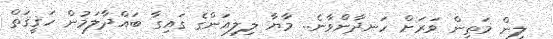
ލިން މަތިން ވަރަށް ހަނދާންވާނެ.. މާޔާ ލިލިއަންގެ ގައިގާ ބައްދާލަމުން ހަޤީޤަތް